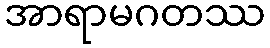
အာရာမဂတဿ